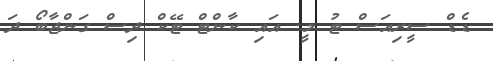
ޑެޑް ސީރިއަސް ޓު މީ. އައި ކާންޓް ޓޭކް ދިސް ގަންޖާބޯ ދަ